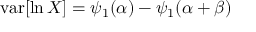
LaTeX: \operatorname { v a r } [ \ln X ] = \psi _ { 1 } ( \alpha ) - \psi _ { 1 } ( \alpha + \beta )